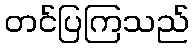
တင်ပြကြသည်